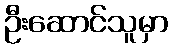
ဦးဆောင်သူမှာ